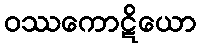
ဝဿကောဋိယော